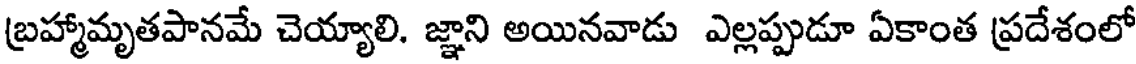
బ్రహ్మామృతపానమే చెయ్యాలి. జ్ఞాని అయినవాడు ఎల్లప్పుడూ ఏకాంత ప్రదేశంలో